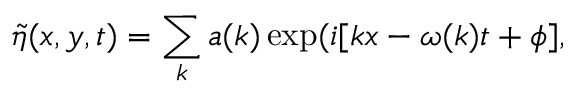
\widetilde { \eta } ( x , y , t ) = \sum _ { k } a ( k ) \exp ( i [ k x - \omega ( k ) t + \phi ] ,